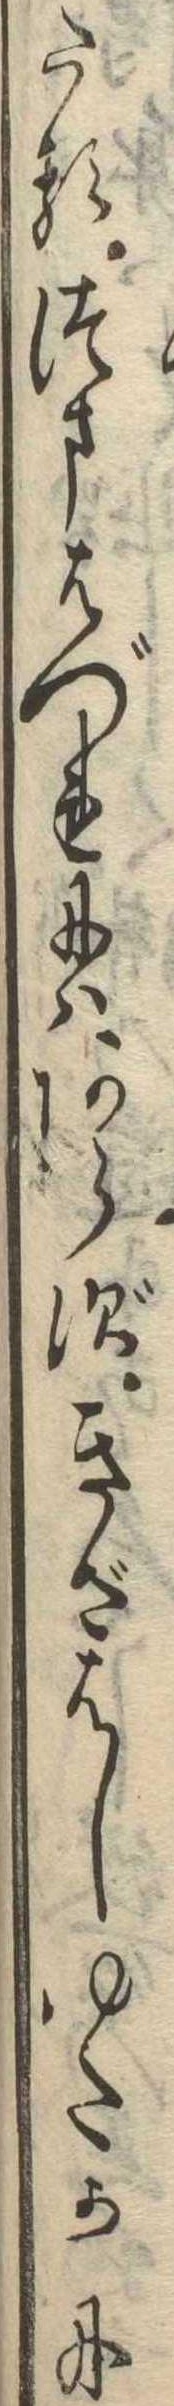
たるつまはづれにはあらずきざはしゆたかに